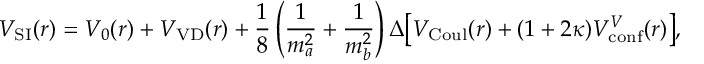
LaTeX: V _ { \mathrm { S I } } ( r ) = V _ { 0 } ( r ) + V _ { \mathrm { V D } } ( r ) + \frac 1 8 \left( \frac { 1 } { m _ { a } ^ { 2 } } + \frac { 1 } { m _ { b } ^ { 2 } } \right) \Delta \big [ V _ { \mathrm { C o u l } } ( r ) + ( 1 + 2 \kappa ) V _ { \mathrm { c o n f } } ^ { V } ( r ) \big ] ,